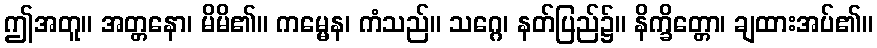
ဤအတူ။ အတ္တနော၊ မိမိ၏။ ကမ္မေန၊ ကံသည်။ သဂ္ဂေ၊ နတ်ပြည်၌။ နိက္ခိတ္တော၊ ချထားအပ်၏။